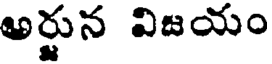
అర్జున విజయం